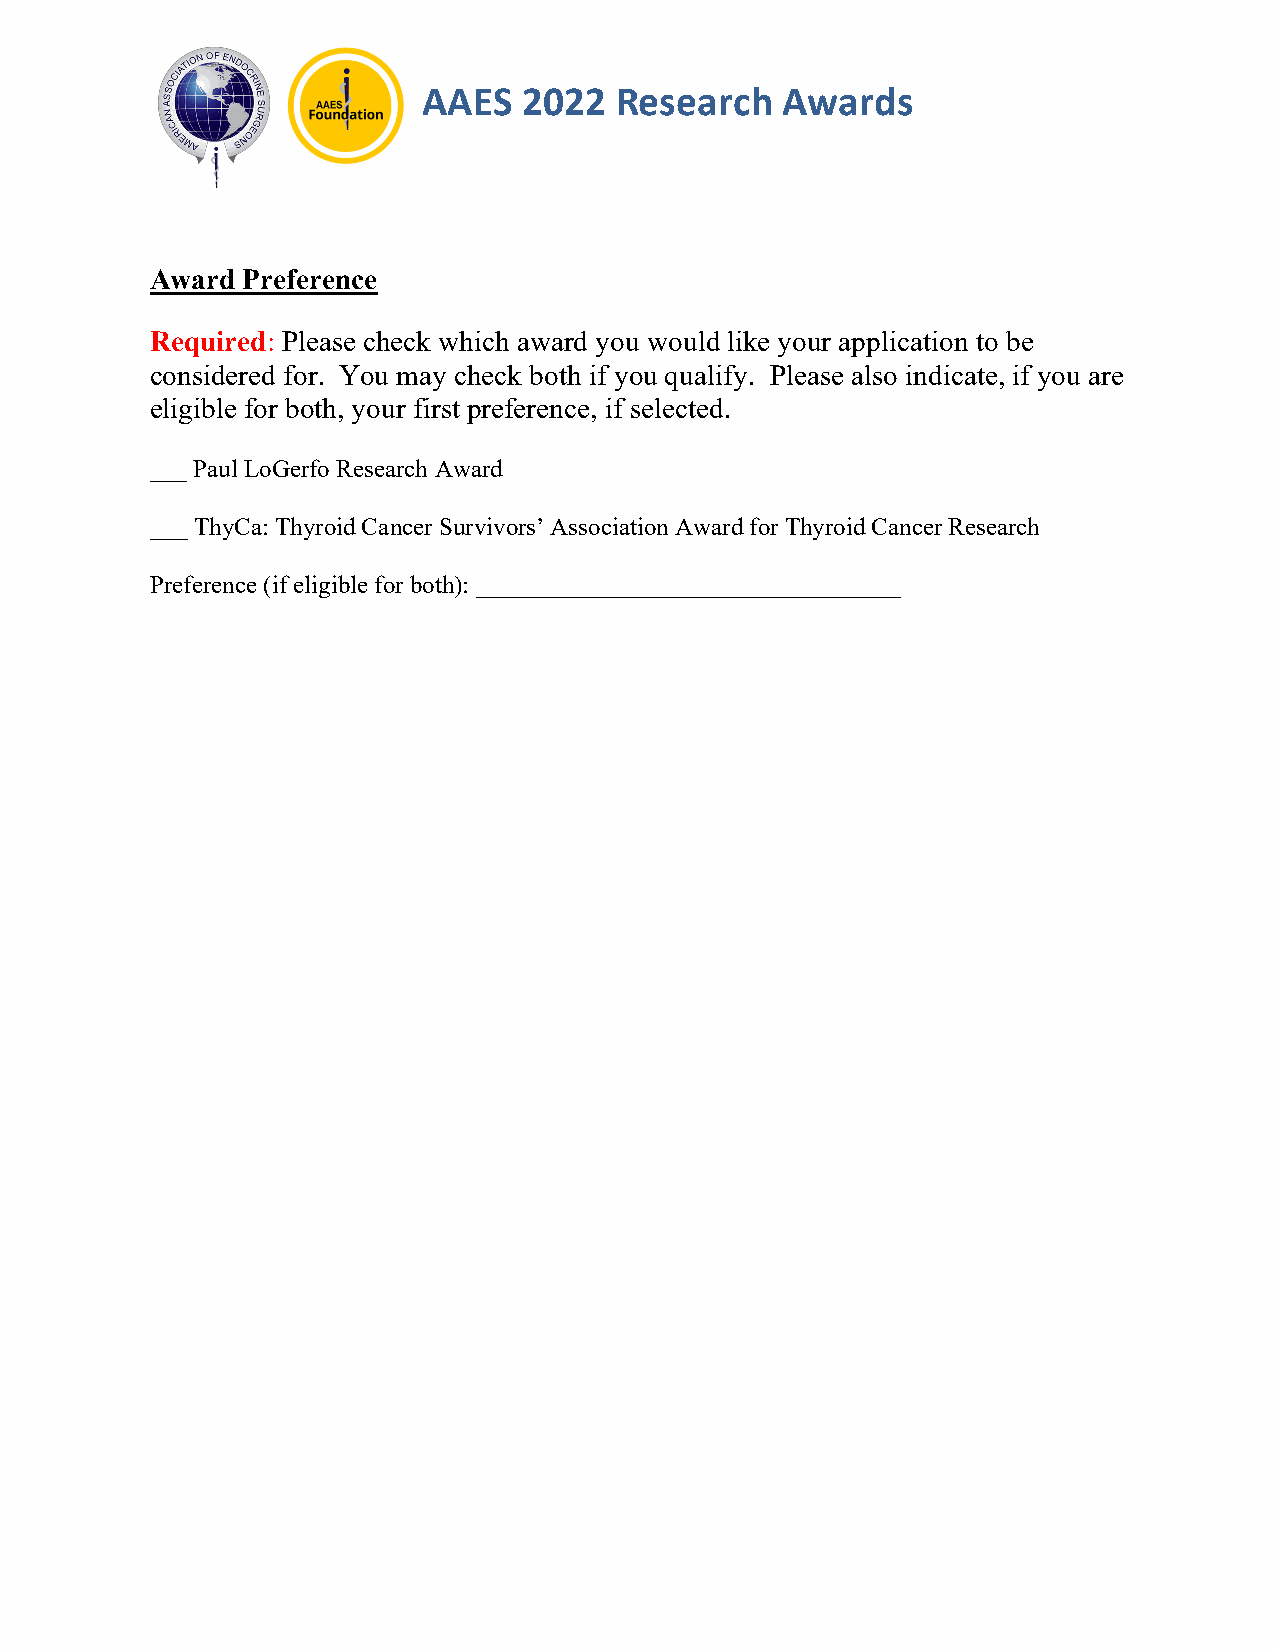
AAES   2022  Research   Awards
 Award Preference
 Required: Please check which award you would like your application to be
 considered for. You may check both if you qualify. Please also indicate, if you are
 eligible for both, your first preference, if selected.
 ___ Paul LoGerfo Research Award
 ___ ThyCa: Thyroid Cancer Survivors’ Association Award for Thyroid Cancer Research
 Preference (if eligible for both): __________________________________